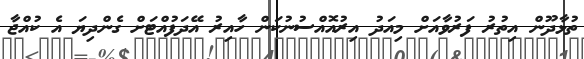
ތުޅާދޫން އިތުރު ފަރުވާއަށް މިއަދު އިރުއޮއްސުނުކަން ހާއިރު އޭދަފުއްޓަށް ގެންދިޔަ އެ ކުއްޖާ